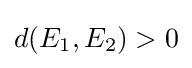
d(E_{1},E_{2})>0